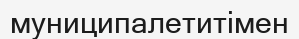
муниципалетитімен